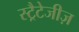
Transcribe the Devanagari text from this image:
स्ट्रैटेजीज़